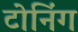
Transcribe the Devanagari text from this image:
टोनिंग